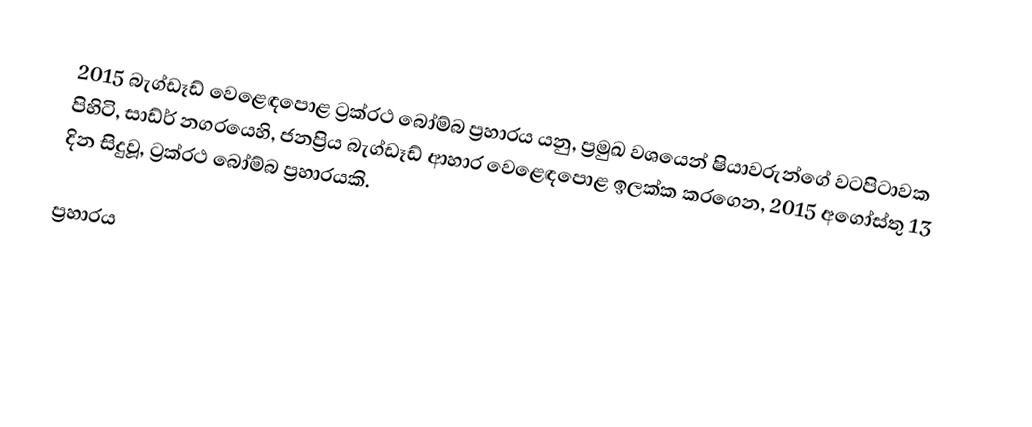
2015 බැග්ඩෑඩ් වෙළෙඳපොළ ට්‍රක්රථ බෝම්බ ප්‍රහාරය යනු,  ප්‍රමුඛ වශයෙන්  ෂියාවරුන්ගේ වටපිටාවක පිහිටි, සාඩ්ර් නගරයෙහි, ජනප්‍රිය බැග්ඩෑඩ් ආහාර වෙළෙඳපොළ ඉලක්ක කරගෙන, 2015 අගෝස්තු 13 දින සිදුවූ, ට්‍රක්රථ බෝම්බ ප්‍රහාරයකි.

ප්‍රහාරය